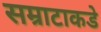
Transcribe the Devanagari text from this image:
सम्राटाकडे